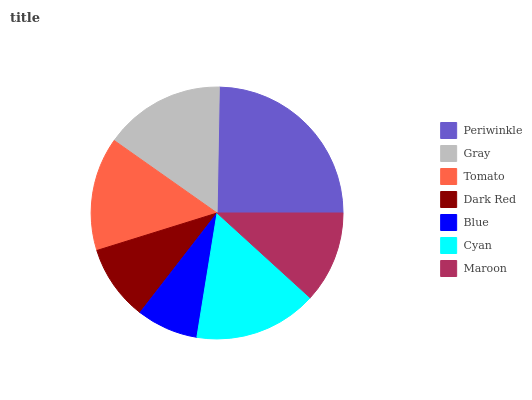
| Periwinkle | Gray | Tomato | Dark Red | Blue | Cyan | Maroon |
 | --- | --- | --- | --- | --- | --- | --- |
 | 24.7% | 15.5% | 14.6% | 9.71% | 7.93% | 15.8% | 11.8% |